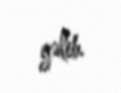
gəlib.